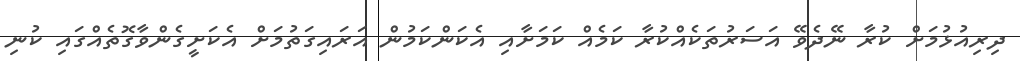
ދިރިއުޅުމަށް ކުރާ ނޭދެވޭ އަސަރުތަކެއްކުރާ ކަމެއް ކަމަށާއި އެކަންކަމުން އަރައިގަތުމަށް އެކަށީގެންވާގޮތެއްގައި ކުނި